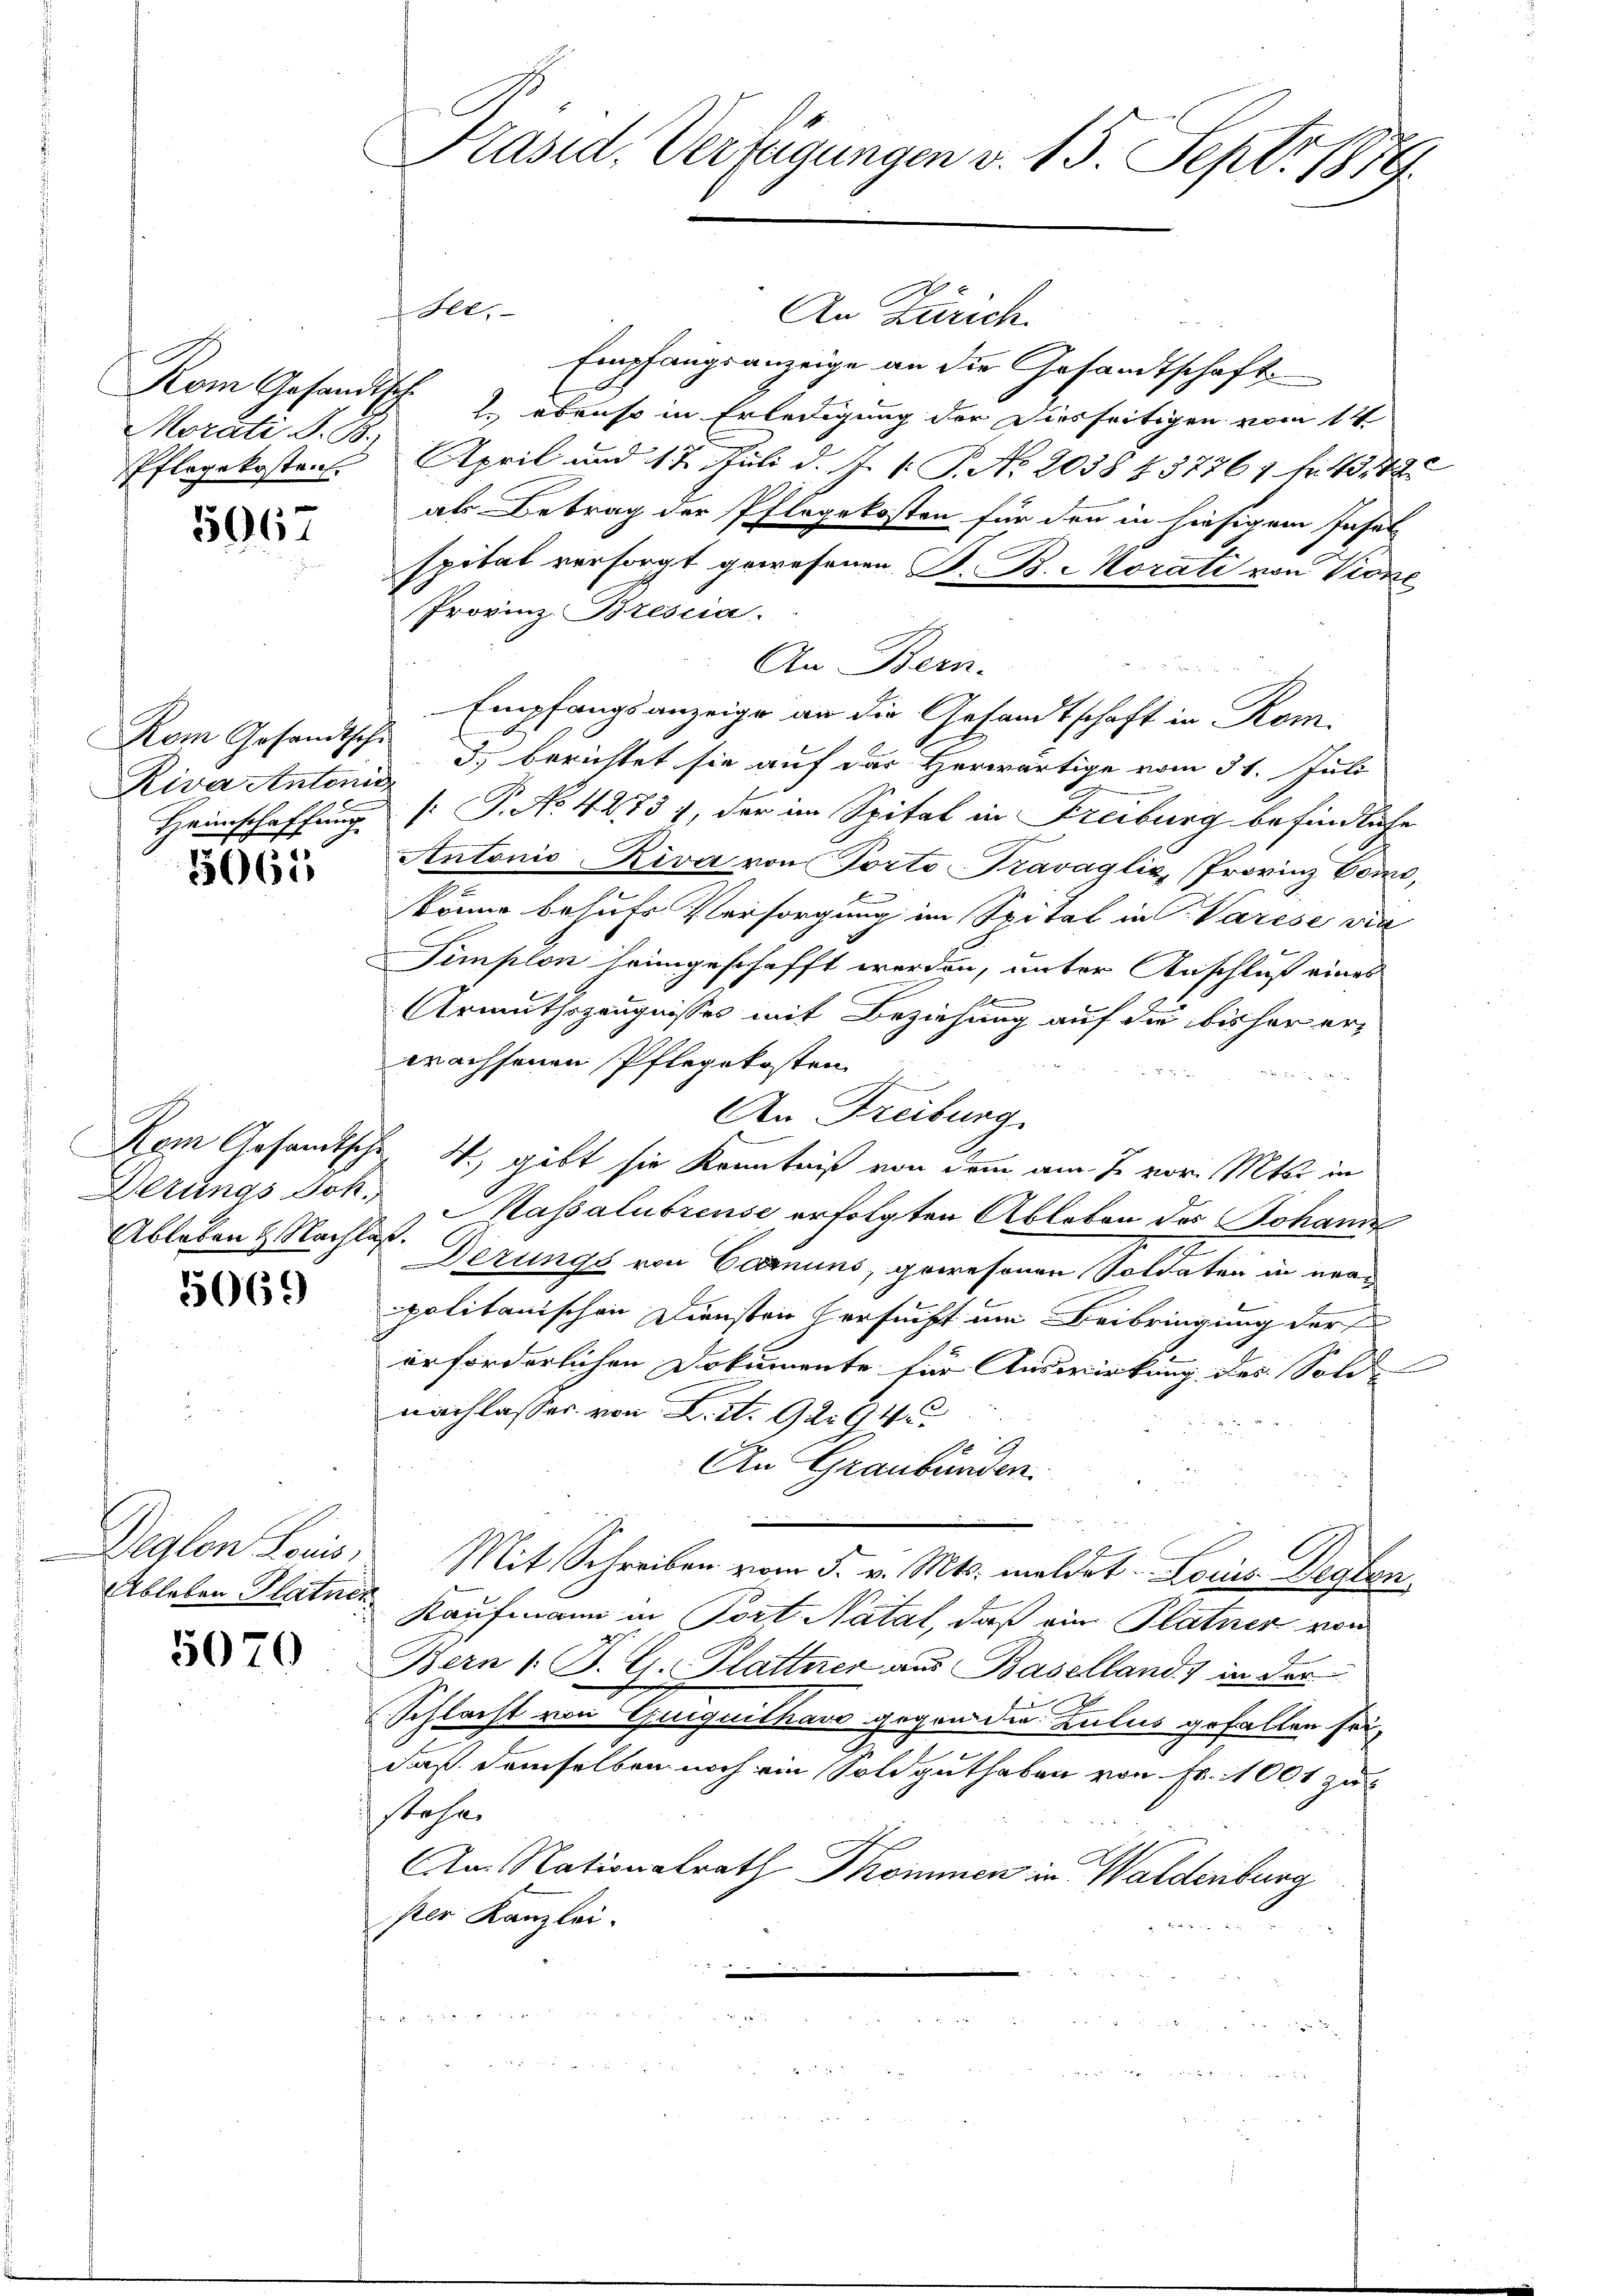
Kom Gesandtsche
Morati S. B.)
Pflegekosten

5067

Kom Gesandtsche
Riva Antonis

5065

Altungs Joh.
Ableben & Nachlaß.

5069

Deglon Louis,

5070

Präsid. Verfügungen v. 15. Sept. 1879.

.
 St.
An Zürich.
Empfangsanzeige an die Gesandtschaft
2 ebenso in Erledigung der Diesseitigen vom 14
April und 17. Juli d. J. 1. P. No. 2038 137761 f. 13120
als Betrag der Pflegekosten für den in hiesigem Insel
spital versorgt gewesenen S. B. Morati von Vicke
Provinz Bresia.
An Bern.
Empfangsanzeige an die Gesandtschaft in Rom.
3) berichtet sie auf das Herwärtige vom 31. Juli
Heimschaffung (: P. No. 4273), der im Spital in Freiburg befindliche
Antonio Riva von Porto Travaglić, (Provinz Come,
könne behufs Versorgung im Spital in Varese vie
Timplon heimgeschafft werden, unter Anschluß eines
1
Armuthszeugnisses mit Beziehung auf die bisher erwachsenen Pflegekosten

An Freiburg.
Kom Gesamtsche W., gibt sie Kenntniß von dem am 7. vor. Mts. in
Massalubrense erfolgten Ableben des Johann
Derungs von Carnuns, gewesenen Soldaten in urapolitanischen Diensten Versucht um Beibringung der
erforderlichen Dokumente für Auswirkung des Solde
nachlasser von A. S. 92. 94.
An Graubünden.
Mit Schreiben vom 5. v. Mts. meldet. Lois Desten
Ableben Platner Kaufmann in Port. Natal, daß ein Platner von
Bern /: P. C. Plattner aus Baselland, in der
n
Schlacht von Guiquithaus gegen die Zulus gefallen sei,
daß demselben noch ein Soldguthaben von Fr. 1001 zu
Stehen
Am Nationalrath Thommen in Waldenburg
per Kanzlei-
|
her die